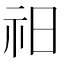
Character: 𥘗